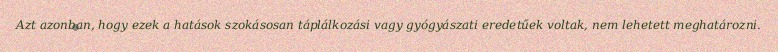
Azt azonban, hogy ezek a hatások szokásosan táplálkozási vagy gyógyászati eredetűek voltak, nem lehetett meghatározni.